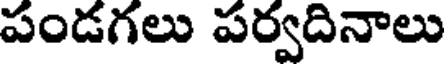
పండగలు పర్వదినాలు